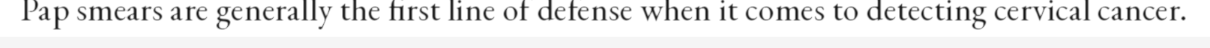
Pap smears are generally the first line of defense when it comes to detecting cervical cancer.